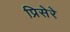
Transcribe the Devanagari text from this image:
प्रिसेरे